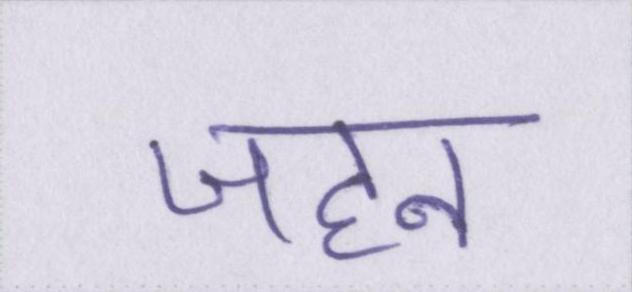
जहन